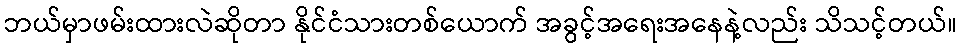
ဘယ်မှာဖမ်းထားလဲဆိုတာ နိုင်ငံသားတစ်ယောက် အခွင့်အရေးအနေနဲ့လည်း သိသင့်တယ်။